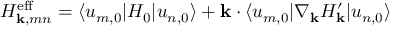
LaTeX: H _ { \mathbf { k } , m n } ^ { \mathrm { { e f f } } } = \langle u _ { m , 0 } | H _ { 0 } | u _ { n , 0 } \rangle + \mathbf { k } \cdot \langle u _ { m , 0 } | \nabla _ { \mathbf { k } } H _ { \mathbf { k } } ^ { \prime } | u _ { n , 0 } \rangle